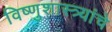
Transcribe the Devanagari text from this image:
विष्णुशास्त्र्यांचे